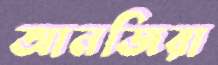
আনজিরা